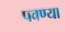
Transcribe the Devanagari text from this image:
पवण्या